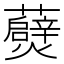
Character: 𭶧